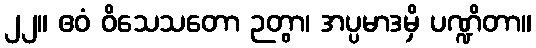
၂၂။ ဧဝံ ဝိသေသတော ဉတွာ၊ အပ္ပမာဒမှိ ပဏ္ဍိတာ။